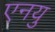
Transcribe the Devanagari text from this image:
एनयु